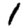
Digit: 1